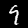
Label: 9